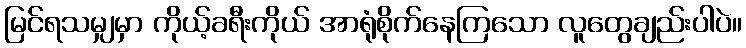
မြင်ရသမျှမှာ ကိုယ့်ခရီးကိုယ် အာရုံစိုက်နေကြသော လူတွေချည်းပါပဲ။